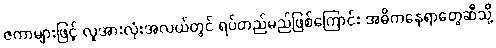
ဇကာများဖြင့် လူအားလုံးအလယ်တွင် ရပ်တည်မည်ဖြစ်ကြောင်း အဓိကနေရာတွေဆီသို့